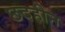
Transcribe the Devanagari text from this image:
छदहीन